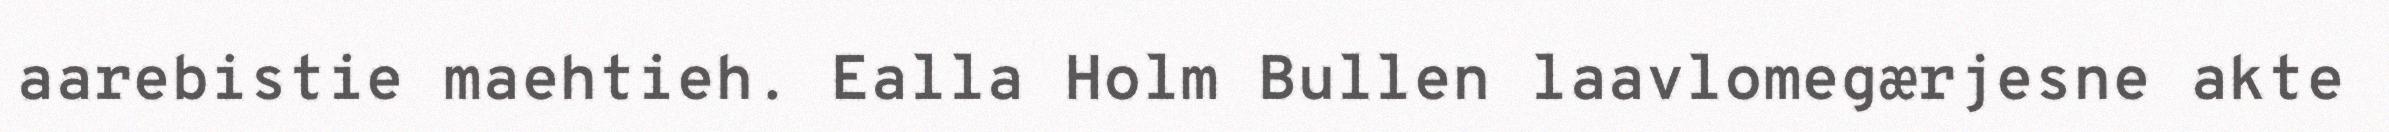
aarebistie maehtieh. Ealla Holm Bullen laavlomegærjesne akte